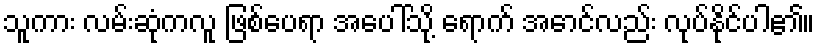
သူကား လမ်းဆုံကလူ ဖြစ်ပေရာ အပေါ်သို့ ရောက် အောင်လည်း လုပ်နိုင်ပါ၏။